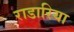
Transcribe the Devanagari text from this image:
राडारिया